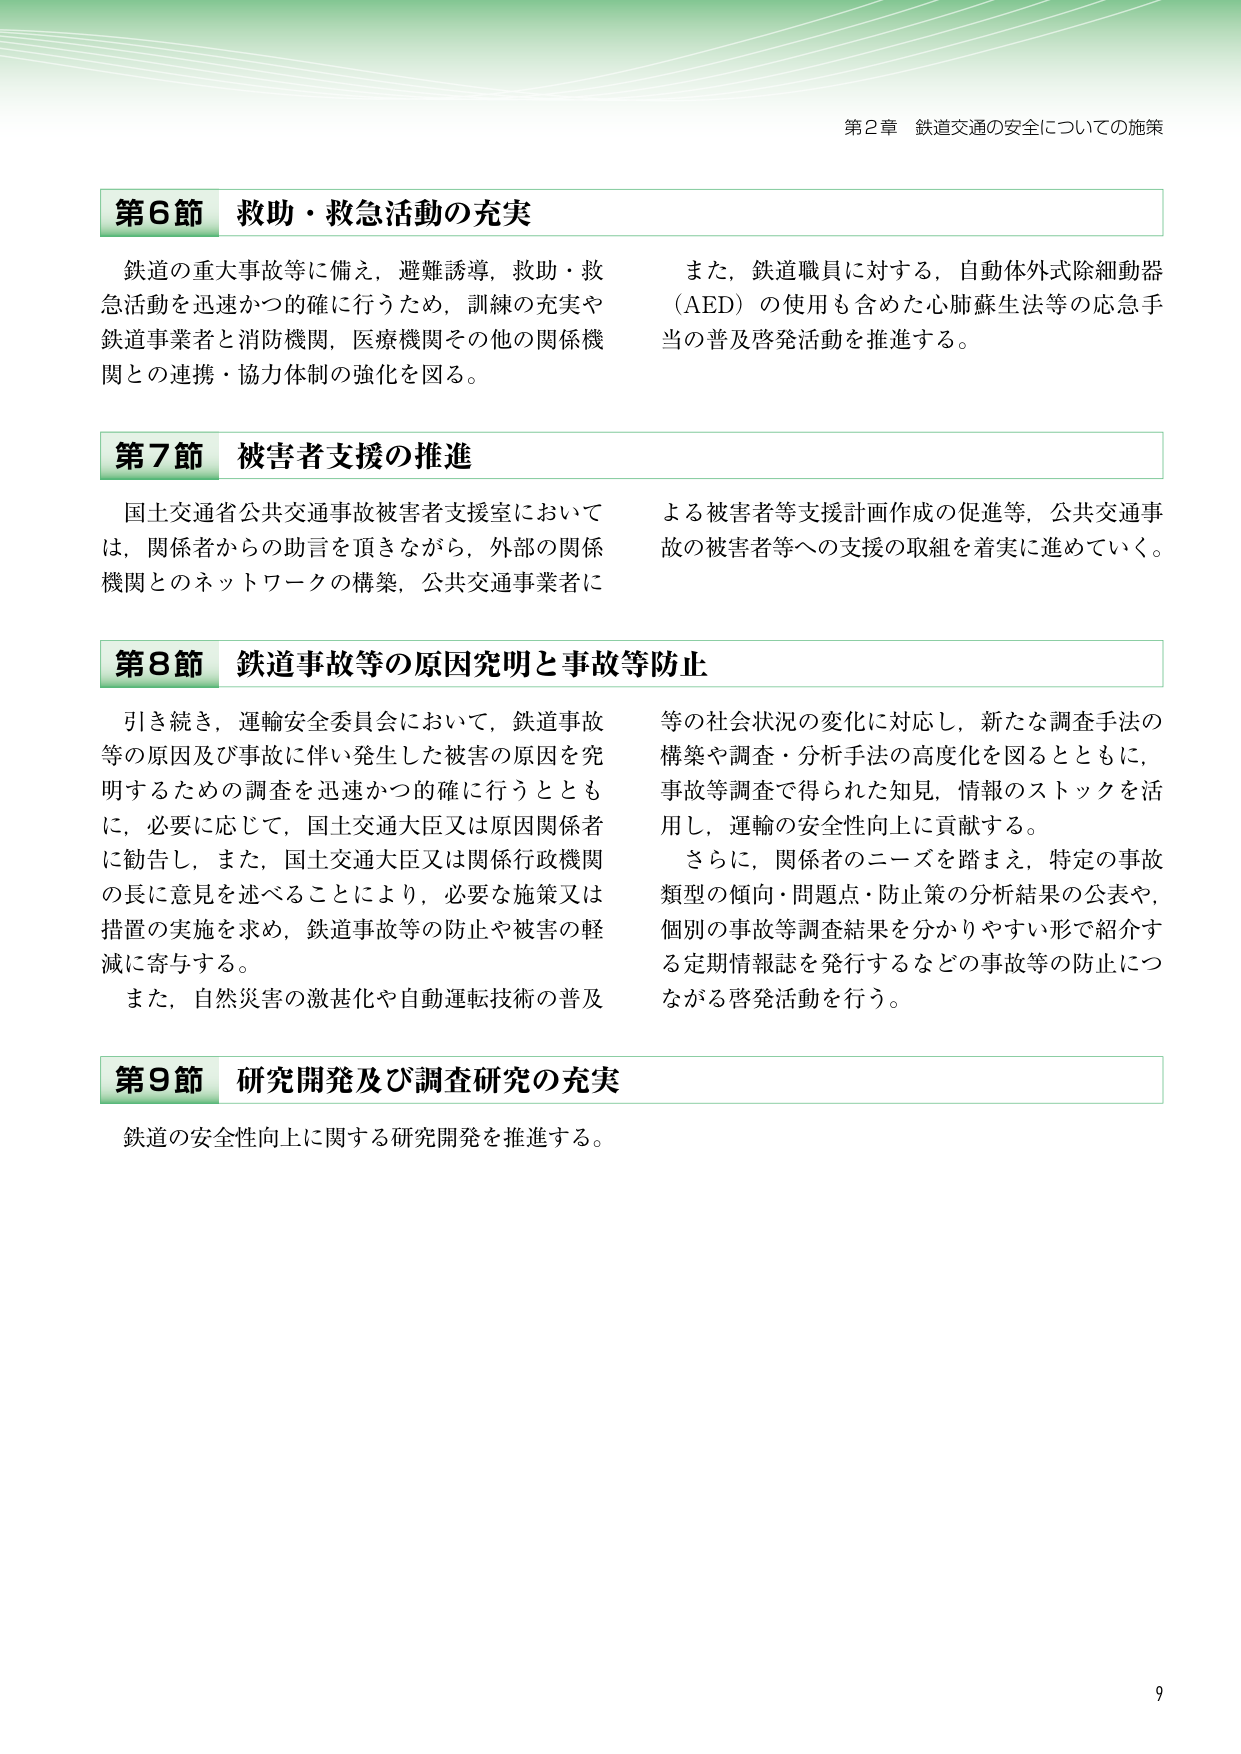
第2章 鉄道交通の安全についての施策

第6節 救助・救急活動の充実
鉄道の重大事故等に備え，避難誘導，救助・救急活動を迅速かつ的確に行うため，訓練の充実や鉄道事業者と消防機関，医療機関その他関係機関との連携・協力体制の強化を図る。
また，鉄道職員に対する，自動体外式除細動器（AED）の使用も含めた心肺蘇生法等の応急手当の普及啓発活動を推進する。

第7節 被害者支援の推進
国土交通省公共交通事故被害者支援室においては，関係者からの助言を頂きながら，外部の関係機関とのネットワークの構築，公共交通事業者による被害者等支援計画作成の促進等，公共交通事故の被害者等への支援の取組を着実に進めていく。

第8節 鉄道事故等の原因究明と事故等防止
引き続き，運輸安全委員会において，鉄道事故等の原因及び事故に伴い発生した被害の原因を究明するための調査を迅速かつ的確に行うとともに，必要に応じて，国土交通大臣又は原因関係者に勧告し，また，国土交通大臣又は関係行政機関の長に意見を述べることにより，必要な施策又は措置の実施を求め，鉄道事故等の防止や被害の軽減に寄与する。
また，自然災害の激甚化や自動運転技術の普及等の社会状況の変化に対応し，新たな調査手法の構築や調査・分析手法の高度化を図るとともに，事故等調査で得られた知見，情報のストックを活用し，運輸の安全性向上に貢献する。
さらに，関係者のニーズを踏まえ，特定の事故類型の傾向・問題点・防止策の分析結果の公表や，個別の事故等調査結果を分かりやすい形で紹介する定期情報誌を発行するなどの事故等の防止につながる啓発活動を行う。

第9節 研究開発及び調査研究の充実
鉄道の安全性向上に関する研究開発を推進する。

9